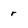
Character: r